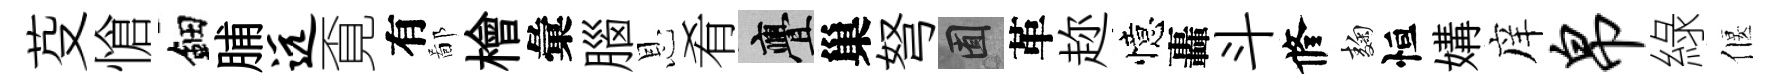
芟愴鈿脯远覔有鄙檜彙腦恩肴亹巢弩囿革趂憶轟斗修麹恒媾庠帛綠偃